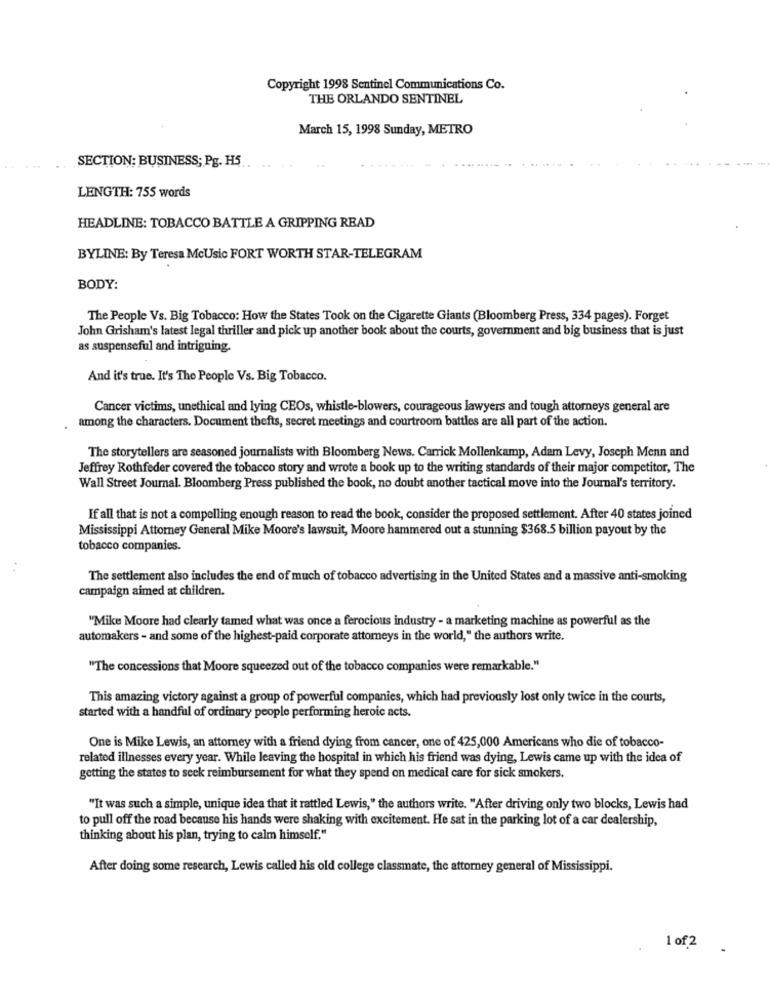
Copyright 1998 Sentinel Communications Co.
THE ORLANDO SENTINEL
March 15, 1998 Sunday, METRO
SECTION: BUSINESS; Pg. H5.
. ..
LENGTH: 755 words
HEADLINE: TOBACCO BATTLE A GRIPPING READ
BYLINE: By Teresa McUsic FORT WORTH STAR-TELEGRAM
BODY:
The People Vs. Big Tobacco: How the States Took on the Cigarette Giants (Bloomberg Press, 334 pages). Forget
John Grisham's latest legal thriller and pick up another book about the courts, government and big business that is just
as suspenseful and intriguing.
And it's true. It's The People Vs. Big Tobacco.
Cancer victims, unethical and lying CEOs, whistle-blowers, courageous lawyers and tough attorneys general are
among the characters. Document thefts, secret meetings and courtroom battles are all part of the action.
The storytellers are seasoned journalists with Bloomberg News. Carrick Mollenkamp, Adam Levy, Joseph Menn and
Jeffrey Rothfeder covered the tobacco story and wrote a book up to the writing standards of their major competitor, The
Wall Street Journal. Bloomberg Press published the book, no doubt another tactical move into the Journal's territory.
If all that is not a compelling enough reason to read the book, consider the proposed settlement. After 40 states joined
Mississippi Attorney General Mike Moore's lawsuit, Moore hammered out a stunning $368.5 billion payout by the
tobacco companies.
..
The settlement also includes the end of much of tobacco advertising in the United States and a massive anti-smoking
campaign aimed at children.
"Mike Moore had clearly tamed what was once a ferocious industry - a marketing machine as powerful as the
automakers - and some of the highest-paid corporate attorneys in the world," the authors write.
"The concessions that Moore squeezed out of the tobacco companies were remarkable."
This amazing victory against a group of powerful companies, which had previously lost only twice in the courts,
started with a handful of ordinary people performing heroic acts.
One is Mike Lewis, an attorney with a friend dying from cancer, one of 425,000 Americans who die of tobacco-
related illnesses every year. While leaving the hospital in which his friend was dying, Lewis came up with the idea of
getting the states to seek reimbursement for what they spend on medical care for sick smokers.
"It was such a simple, unique idea that it rattled Lewis," the authors write. "After driving only two blocks, Lewis had
to pull off the road because his hands were shaking with excitement. He sat in the parking lot of a car dealership,
thinking about his plan, trying to calm himself."
After doing some research, Lewis called his old college classmate, the attorney general of Mississippi.
1 of 2